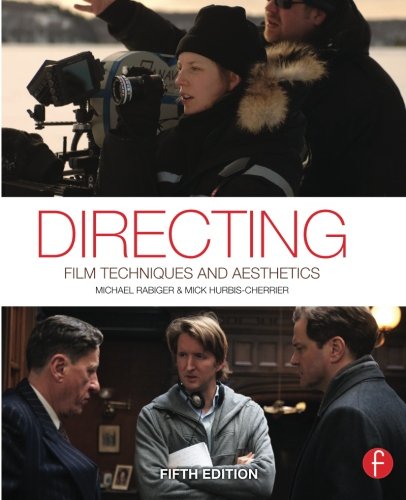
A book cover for Directing: Film Techniques and Aesthetics; Michael Rabiger; Humor & Entertainment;